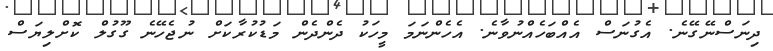
ދިނަސްނޭގޭނެ. އެގުނަސް އެއްބަހެއްނުވާނެ. އެހެންނަމަ މީހަކު ދެންދެން މަޑުކުރާކަށް ނުުޖެހޭނެ ގޫގުލް ކޮށްލިޔަސް